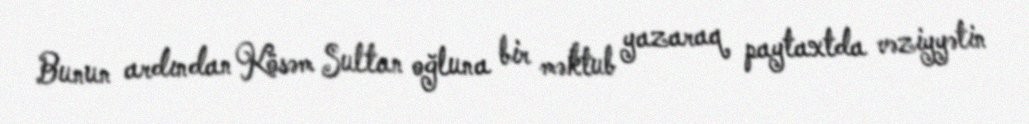
Bunun ardından Kösəm Sultan oğluna bir məktub yazaraq paytaxtda vəziyyətin